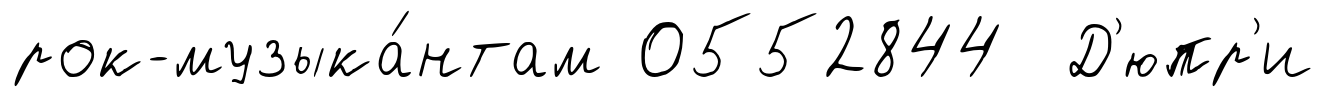
рок-музыка́нтам 0552844 Д'юпр'и